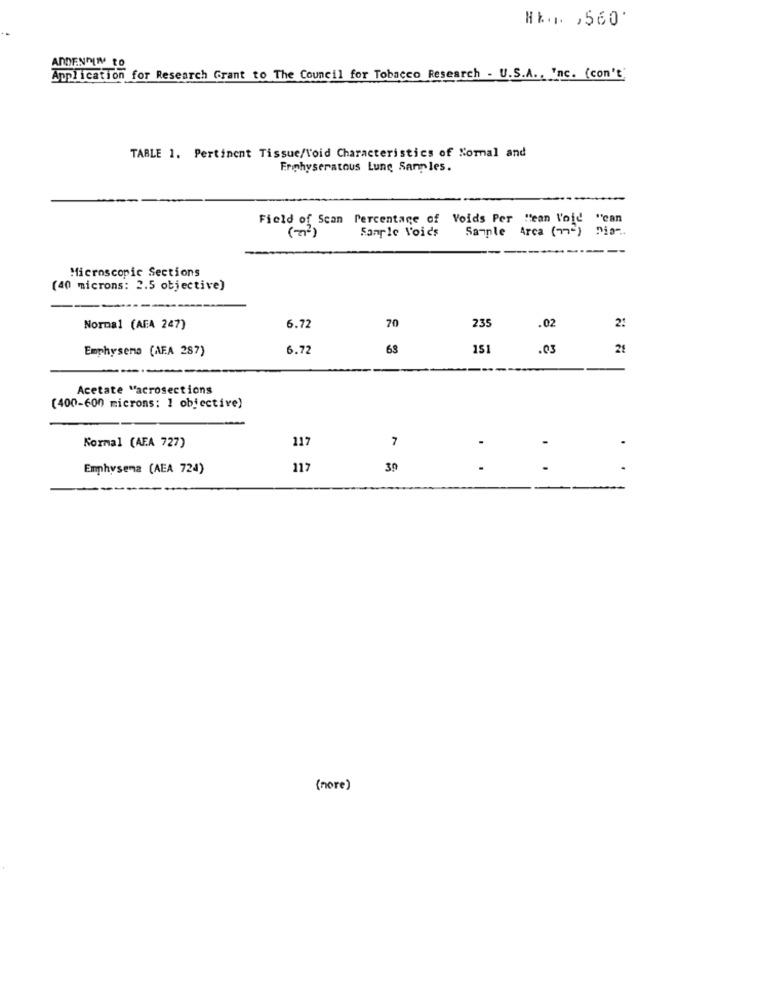
Hz . , 560.
ANDENDIN TO
Application for Research Grant to The Council for Tobacco Research - U.S.A ., Inc. (con't'
TABLE 1. Pertinent Tissue/Void Characteristics of Normal and
Erphyseratous Lune Samples.
Field of Scan Percentage of Voids Per "ean Void "can
Sample Voids
Sample Arca (77-) Dia -..
Microscopic Sections
(40 microns: 2.5 objective)
Normal (AFA 247)
6.72
70
235
.02
2:
Emphysema (AFA 287)
6.72
63
151
.03
21
--..
Acetate "acrosections
(400-600 microns: 1 objective)
117
7
Kormal (AFA 727)
Emphysema (AEA 724)
117
39
..
---
( more )